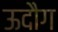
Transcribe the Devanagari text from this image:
ऊदौग